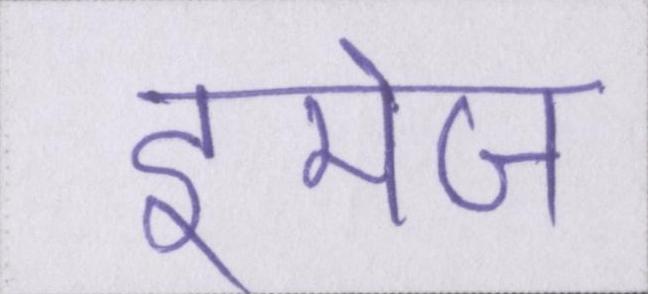
इमेज